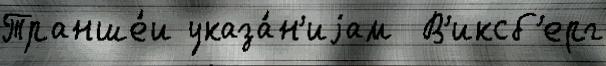
Транше́и указа́н'иjам  В'иксб'ерг